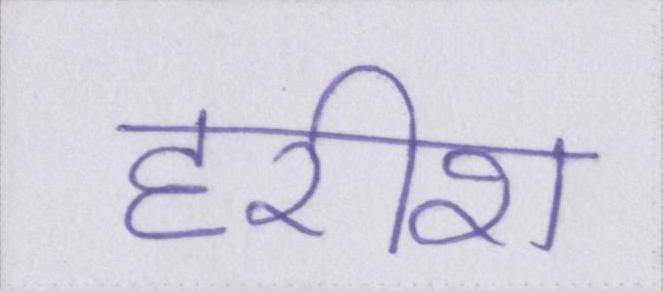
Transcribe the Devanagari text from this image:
हरीश